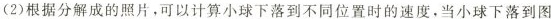
(2)根据分解成的照片，可以计算小球下落到不同位置时的速度，当小球下落到图